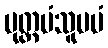
ပုတ္တမံသူပမံ